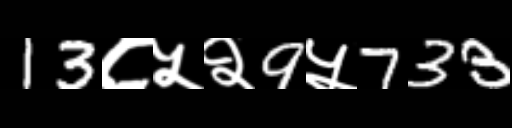
Text: 13८५२9५733